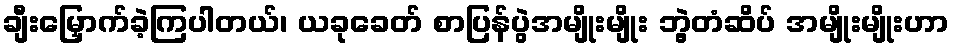
ချီးမြှောက်ခဲ့ကြပါတယ်၊ ယခုခေတ် စာပြန်ပွဲအမျိုးမျိုး ဘွဲ့တံဆိပ် အမျိုးမျိုးဟာ